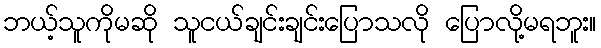
ဘယ့်သူကိုမဆို သူငယ်ချင်းချင်းပြောသလို ပြောလို့မရဘူး။